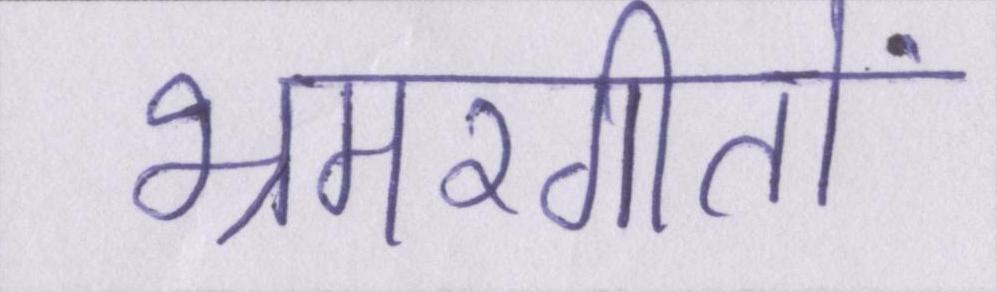
भ्रमरगीतों